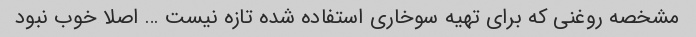
مشخصه روغنی که برای تهیه سوخاری استفاده شده تازه نیست … اصلا خوب نبود